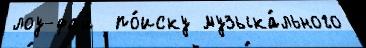
лоу-фай  по́иску музыка́льного